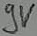
Text: 9V